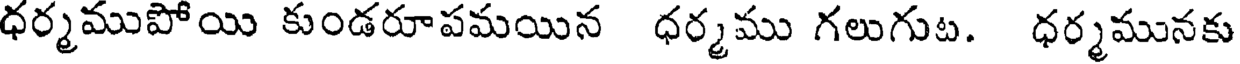
ధర్మముపోయి కుండరూపమయిన ధర్మము గలుగుట. ధర్మమునకు